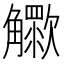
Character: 𧥊